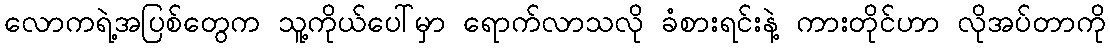
လောကရဲ့အပြစ်တွေက သူ့ကိုယ်ပေါ်မှာ ရောက်လာသလို ခံစားရင်းနဲ့ ကားတိုင်ဟာ လိုအပ်တာကို